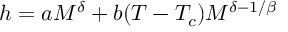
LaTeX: h = a M ^ { \delta } + b ( T - T _ { c } ) M ^ { \delta - 1 / \beta }